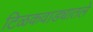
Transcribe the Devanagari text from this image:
टिळकवाड्यातले